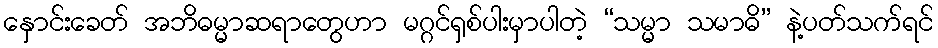
နှောင်းခေတ် အဘိဓမ္မာဆရာတွေဟာ မဂ္ဂင်ရှစ်ပါးမှာပါတဲ့ “သမ္မာ သမာဓိ” နဲ့ပတ်သက်ရင်